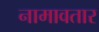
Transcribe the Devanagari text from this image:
नामावतार